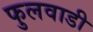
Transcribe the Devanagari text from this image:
फुलवाडी